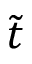
\tilde { t }